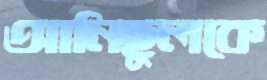
আনিছুলকে